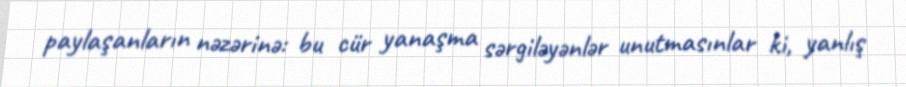
paylaşanların nəzərinə: bu cür yanaşma sərgiləyənlər unutmasınlar ki, yanlış